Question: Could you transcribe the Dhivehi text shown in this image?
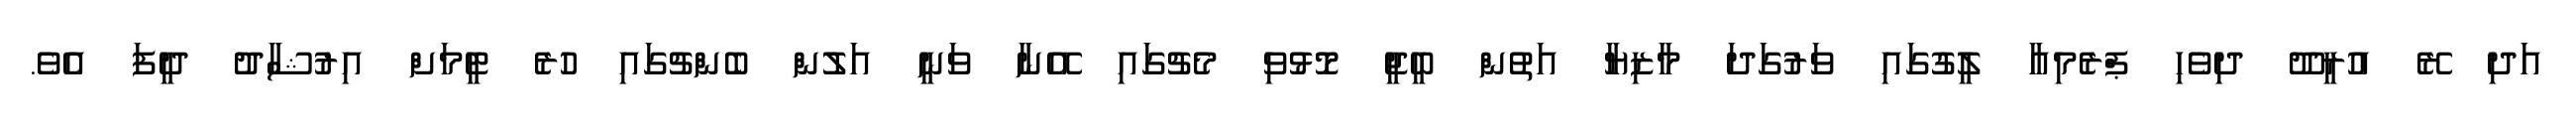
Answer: އަދި ރޭ އުރީދޫ ދިވެހި ޕްރެމިއާ ލީގުގައި ވަރުގަދަ މާޒިޔާ އަތުން ބީޖީ މޮޅުވި މެޗުގައި އޭނާ ވަނީ އަލުން ބެންޗުގައި ހުރެ ޓީމަށް އިރުޝާދު ދީފަ އެވެ.